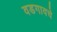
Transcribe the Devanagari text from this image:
वडगावचे